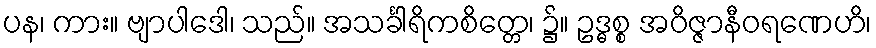
ပန၊ ကား။ ဗျာပါဒေါ၊ သည်။ အသင်္ခါရိကစိတ္တေ၊ ၌။ ဥဒ္ဓစ္စ အဝိဇ္ဇာနီဝရဏေဟိ၊